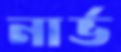
নার্ভ